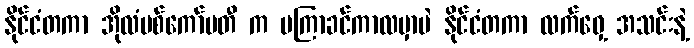
နိုင်ငံတကာ အိုလံပစ်ကော်မတီ က မကြာခင်ကာလမှာပဲ နိုင်ငံတကာ လက်ဝှေ့ အသင်းနဲ့